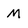
Character: M